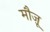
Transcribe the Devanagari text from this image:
मौज़ू